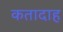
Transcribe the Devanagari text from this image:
कतादाह